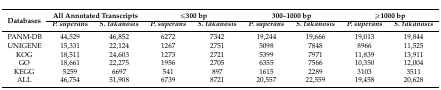
<table><thead><tr><td rowspan="2"><b>Databases</b></td><td colspan="2"><b>All Annotated Transcripts</b></td><td colspan="2"><b>≤300 bp</b></td><td colspan="2"><b>300–1000 bp</b></td><td colspan="2"><b>≥1000 bp</b></td></tr><tr><td><b><i>P. superans</i></b></td><td><b><i>S. takanosis</i></b></td><td><b><i>P. superans</i></b></td><td><b><i>S. takanosis</i></b></td><td><b><i>P. superans</i></b></td><td><b><i>S. takanosis</i></b></td><td><b><i>P. superans</i></b></td><td><b><i>S. takanosis</i></b></td></tr></thead><tbody><tr><td>PANM-DB</td><td>44,529</td><td>46,852</td><td>6272</td><td>7342</td><td>19,244</td><td>19,666</td><td>19,013</td><td>19,844</td></tr><tr><td>UNIGENE</td><td>15,331</td><td>22,124</td><td>1267</td><td>2751</td><td>5098</td><td>7848</td><td>8966</td><td>11,525</td></tr><tr><td>KOG</td><td>18,511</td><td>24,603</td><td>1273</td><td>2721</td><td>5399</td><td>7971</td><td>11,839</td><td>13,911</td></tr><tr><td>GO</td><td>18,661</td><td>22,275</td><td>1956</td><td>2705</td><td>6355</td><td>7566</td><td>10,350</td><td>12,004</td></tr><tr><td>KEGG</td><td>5259</td><td>6697</td><td>541</td><td>897</td><td>1615</td><td>2289</td><td>3103</td><td>3511</td></tr><tr><td>ALL</td><td>46,754</td><td>51,908</td><td>6739</td><td>8721</td><td>20,557</td><td>22,559</td><td>19,458</td><td>20,628</td></tr></tbody></table>